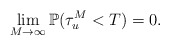
\begin{align*}\lim_{M\rightarrow\infty} \mathbb{P}(\tau_u^M < T) = 0.\end{align*}